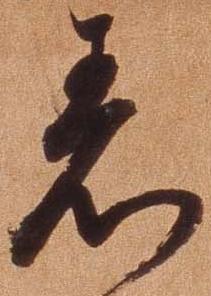
着